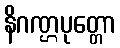
နိဂဏ္ဌပုတ္တော